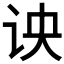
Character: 𰵗